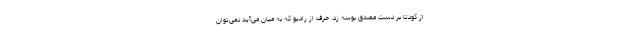
از کودتا بر دست مصدق بوسه زد. حرف از رادیو که به میان می‌آید نمی‌توان